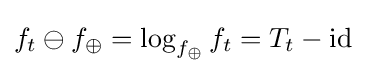
f_{t}\ominus f_{\oplus }=\log _{f_{\oplus }}f_{t}=T_{t}-{\text{id}}